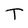
Character: T